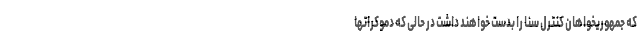
که جمهوریخواهان کنترل سنا را بدست خواهند داشت در حالی که دموکراتها